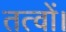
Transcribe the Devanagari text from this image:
तत्वों।